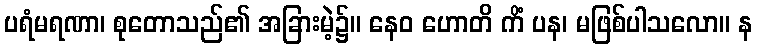
ပရံမရဏာ၊ စုတောသည်၏ အခြားမဲ့၌။ နေဝ ဟောတိ ကိံ ပန၊ မဖြစ်ပါသလော။ န